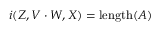
i ( Z , V \cdot W , X ) = \operatorname { l e n g t h } ( A )